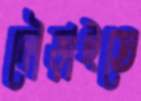
দৌড়াইতে